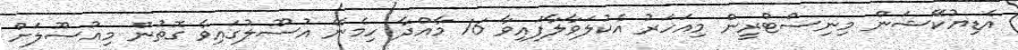
އެޑިޔުކޭޝަން މިނިސްޓްރީން މިއަހަރު އެކުލަވާލާފައިވާ 16 މާއްދާ ހިމެނޭ އުސޫލުގައިވާ ގޮތުން މިއުސޫލަށް